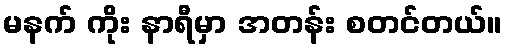
မနက် ကိုး နာရီမှာ အတန်း စတင်တယ်။